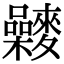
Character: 𪍻